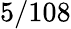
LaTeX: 5/108